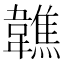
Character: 𩏢